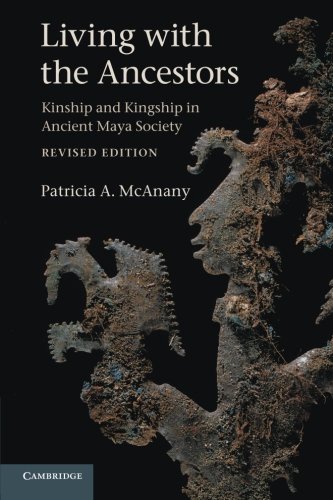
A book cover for Living with the Ancestors: Kinship and Kingship in Ancient Maya Society; Patricia A. McAnany; History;